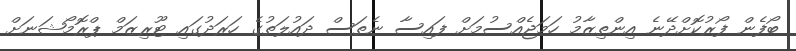
ބޯފެން ފޯރުކޮށްދޭނެ އިންތިޒާމު ހަމަޖެއްސުމަށް ފައިސާ ނެތަސް ދައުލަތުގެ ހަރަދުގައި ޓޫރިޒަމް ޕްރޮމޯޝަނަށް